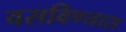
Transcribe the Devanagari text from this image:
वसविण्यास